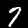
Digit: 7